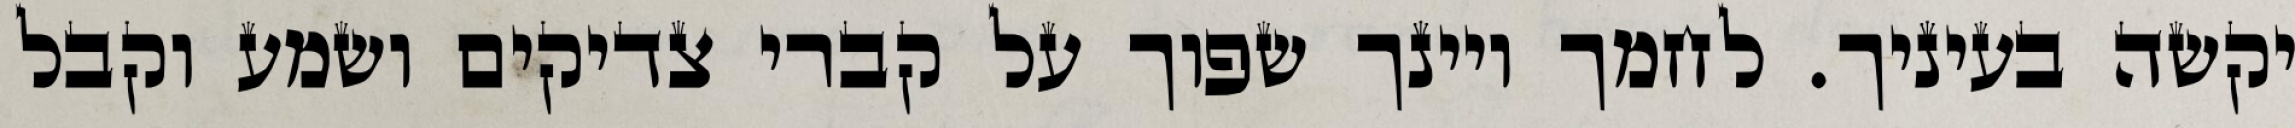
יקשה בעיניך. לחמך ויינך שפוך על קברי צדיקים ושמע וקבל